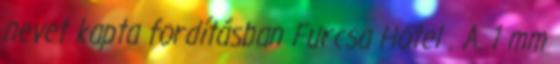
nevet kapta fordításban Furcsa Hotel . A. 1 mm